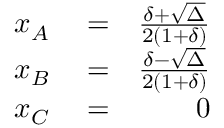
\begin{array} { r l r } { { x _ { A } } } & { { } = } & { \frac { \delta + \sqrt { \Delta } } { { 2 \left( { 1 + \delta } \right) } } } \\ { { x _ { B } } } & { { } = } & { \frac { \delta - \sqrt { \Delta } } { { 2 \left( { 1 + \delta } \right) } } } \\ { { x _ { C } } } & { { } = } & { 0 } \end{array}